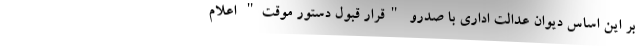
بر این اساس دیوان عدالت اداری با صدرو "قرار قبول دستور موقت" اعلام